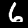
Label: 6